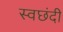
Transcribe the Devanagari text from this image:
स्वछंदी